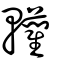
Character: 轥